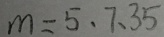
m = 5 . 7 . 3 5